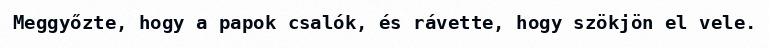
Meggyőzte, hogy a papok csalók, és rávette, hogy szökjön el vele.